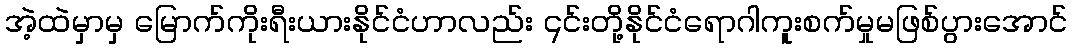
အဲ့ထဲမှာမှ မြောက်ကိုးရီးယားနိုင်ငံဟာလည်း ၎င်းတို့နိုင်ငံရောဂါကူးစက်မှုမဖြစ်ပွားအောင်